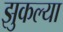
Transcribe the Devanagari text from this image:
झुकल्या